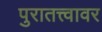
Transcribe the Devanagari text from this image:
पुरातत्त्वावर